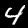
Label: 4